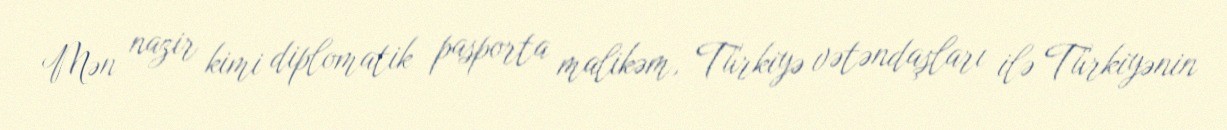
Mən nazir kimi diplomatik pasporta malikəm, Türkiyə vətəndaşları ilə Türkiyənin